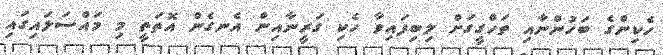
ހެކިންގެ ބަހުންނާއި ތަހްގީގަށް ލިބިފައިވާ ހެކި ގަރީނާއިން އެނގެން އޮތަތީ މި މައްސަލައިގައި